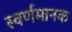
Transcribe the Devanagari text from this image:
स्वर्णमानक